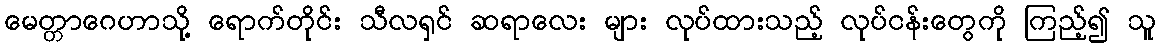
မေတ္တာဂေဟာသို့ ရောက်တိုင်း သီလရှင် ဆရာလေး များ လုပ်ထားသည့် လုပ်ငန်းတွေကို ကြည့်၍ သူ